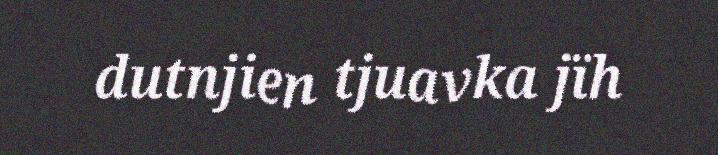
dutnjien tjuavka jïh